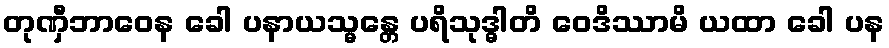
တုဏှီဘာဝေန ခေါ ပနာယသ္မန္တေ ပရိသုဒ္ဓါတိ ဝေဒိဿာမိ ယထာ ခေါ ပန